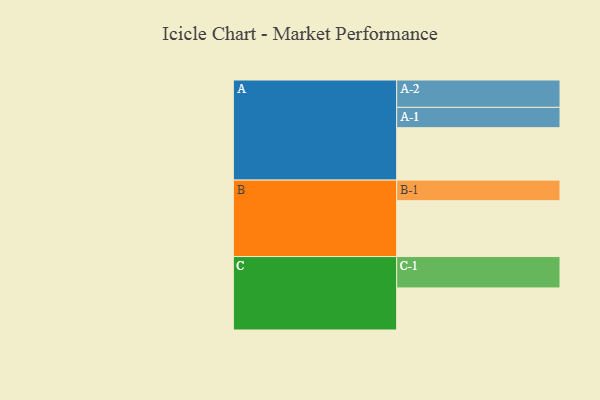
{"axis": {"x": "Segment", "y": "Value"}, "legend": ["", "A", "B", "C"], "data": [{"x": "A", "y": 456, "type": ""}, {"x": "B", "y": 486, "type": ""}, {"x": "C", "y": 366, "type": ""}, {"x": "A-1", "y": 177, "type": "A"}, {"x": "A-2", "y": 238, "type": "A"}, {"x": "B-1", "y": 179, "type": "B"}, {"x": "C-1", "y": 273, "type": "C"}]}